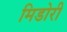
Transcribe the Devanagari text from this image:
मिडोरी